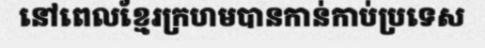
នៅពេលខ្មែរក្រហមបានកាន់កាប់ប្រទេស